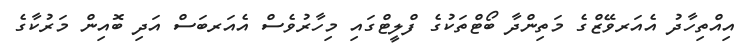
އިއްތިހާދު އެއަރވޭޒްގެ މަތިންދާ ބޯޓްތަކުގެ ފްލީޓްގައި މިހާރުވެސް އެއަރބަސް އަދި ބޮއިން މަރުކާގެ